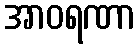
အာဝရဏာ